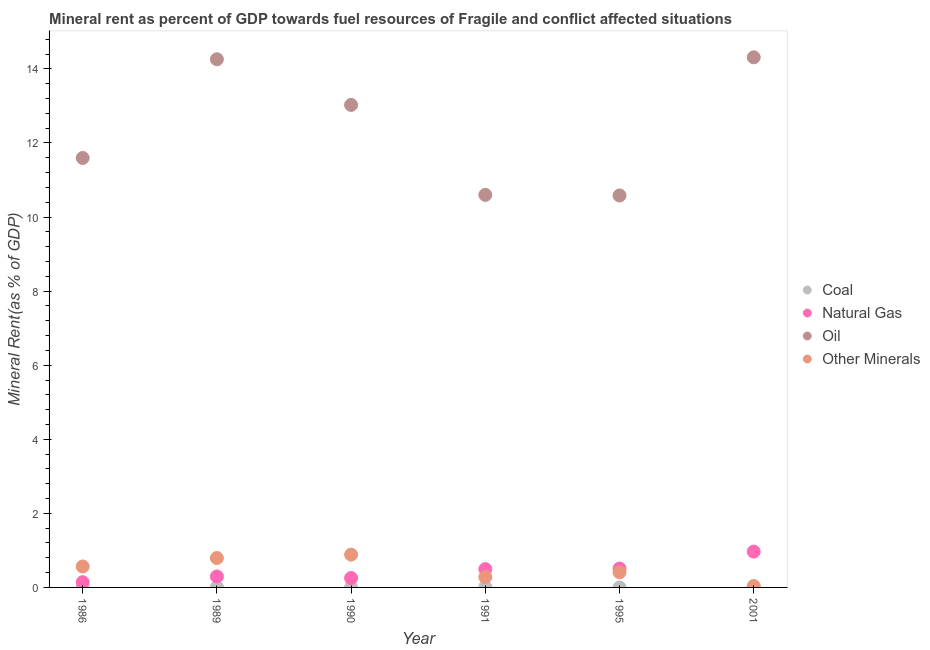
| Year | Coal | Natural Gas | Oil | Other Minerals |
 | --- | --- | --- | --- | --- |
 | 1986 | 0.00978 | 0.141 | 11.6 | 0.566 |
 | 1989 | 0.0083 | 0.296 | 14.3 | 0.794 |
 | 1990 | 0.00535 | 0.254 | 13 | 0.886 |
 | 1991 | 0.0143 | 0.494 | 10.6 | 0.282 |
 | 1995 | 0.000899 | 0.51 | 10.6 | 0.409 |
 | 2001 | 0.0102 | 0.967 | 14.3 | 0.0378 |